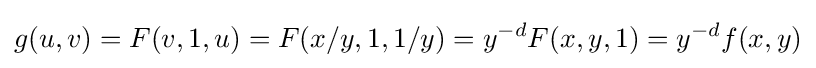
g(u,v)=F(v,1,u)=F(x/y,1,1/y)=y^{-d}F(x,y,1)=y^{-d}f(x,y)